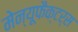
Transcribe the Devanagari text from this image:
मेन्यूफैक्टर्स